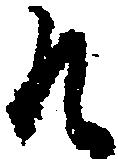
そ